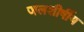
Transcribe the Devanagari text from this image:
जलशीर्षीय